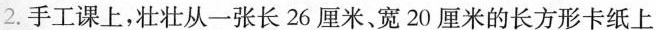
2.手工课上，壮壮从一张长26厘米、宽20厘米的长方形卡纸上